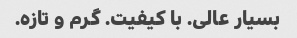
بسیار عالی. با کیفیت. گرم و تازه.